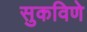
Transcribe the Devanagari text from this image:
सुकविणे